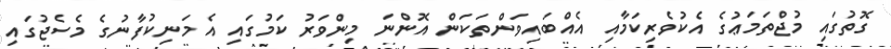
ގޮތުގައި މުޖްތަމަޢުގެ އެކުވެރިކަމާއި އެއްބައިވަންތަކަން އޮންނަ މިންވަރު ކަމުގައި އެ މަނިކުފާނުގެ މެސެޖުގައި